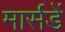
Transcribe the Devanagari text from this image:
मार्सडें